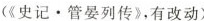
(《史记。管晏列传》，有改动)